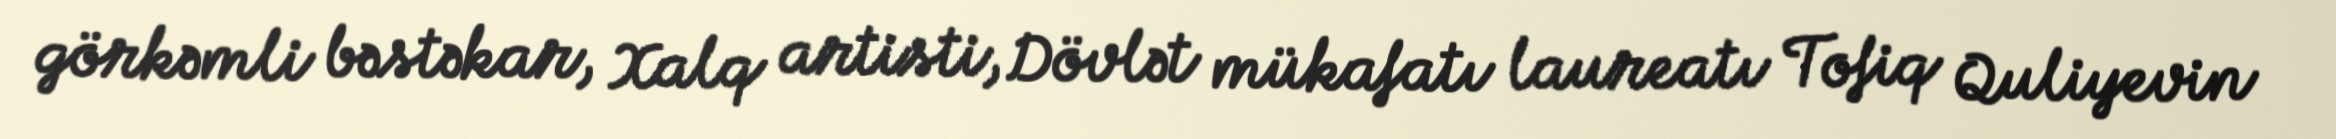
görkəmli bəstəkar, Xalq artisti, Dövlət mükafatı laureatı Tofiq Quliyevin